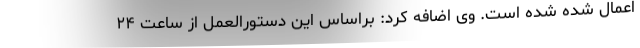
اعمال شده شده است. وی اضافه کرد: براساس این دستورالعمل از ساعت ۲۴